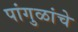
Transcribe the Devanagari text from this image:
पांगुळांचे